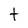
Character: t